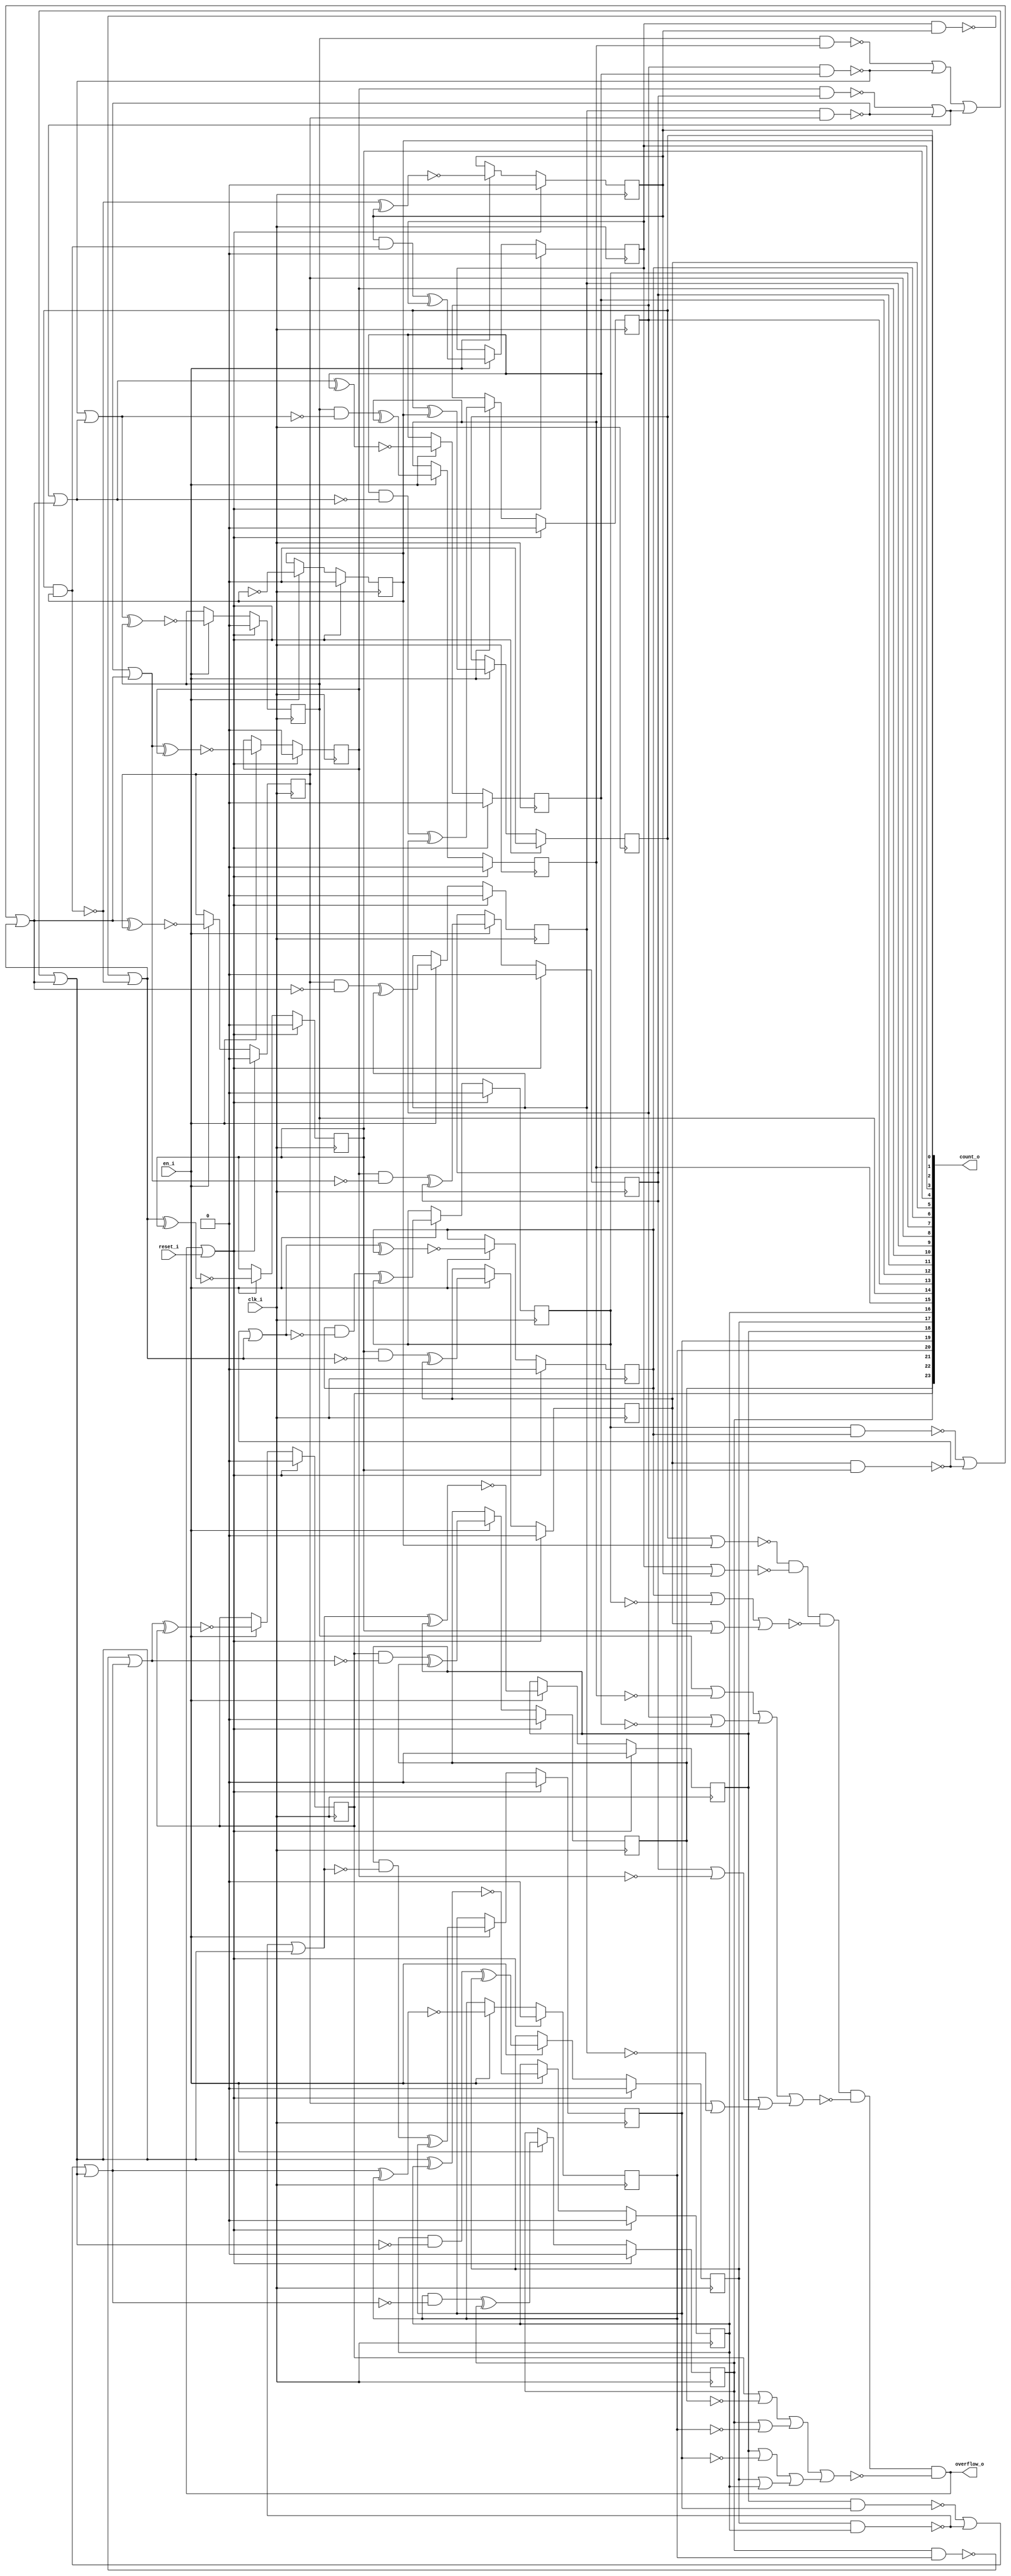
/* Generated by Yosys 0.27+9 (git sha1 101d19bb6, gcc 11.2.0-7ubuntu2 -fPIC -Os) */

(* top =  1  *)

module bsg_counter_overflow_en(clk_i, reset_i, en_i, count_o, overflow_o);
  wire _000_;
  wire _001_;
  wire _002_;
  wire _003_;
  wire _004_;
  wire _005_;
  wire _006_;
  wire _007_;
  wire _008_;
  wire _009_;
  wire _010_;
  wire _011_;
  wire _012_;
  wire _013_;
  wire _014_;
  wire _015_;
  wire _016_;
  wire _017_;
  wire _018_;
  wire _019_;
  wire _020_;
  wire _021_;
  wire _022_;
  wire _023_;
  wire _024_;
  wire _025_;
  wire _026_;
  wire _027_;
  wire _028_;
  wire _029_;
  wire _030_;
  wire _031_;
  wire _032_;
  wire _033_;
  wire _034_;
  wire _035_;
  wire _036_;
  wire _037_;
  wire _038_;
  wire _039_;
  wire _040_;
  wire _041_;
  wire _042_;
  wire _043_;
  wire _044_;
  wire _045_;
  wire _046_;
  wire _047_;
  wire _048_;
  wire _049_;
  wire _050_;
  wire _051_;
  wire _052_;
  wire _053_;
  wire _054_;
  wire _055_;
  wire _056_;
  wire _057_;
  wire _058_;
  
  wire _059_;
  (* force_downto = 32'd1 *)
  
  wire [23:0] _060_;
  (* force_downto = 32'd1 *)
  
  wire [23:0] _061_;
  
  input clk_i;
  wire clk_i;
  
  output [23:0] count_o;
  reg [23:0] count_o;
  
  input en_i;
  wire en_i;
  
  output overflow_o;
  wire overflow_o;
  
  input reset_i;
  wire reset_i;
  assign _023_ = ~(count_o[1] | count_o[0]);
  assign _024_ = count_o[3] | count_o[2];
  assign _025_ = _023_ & ~(_024_);
  assign _026_ = count_o[5] | count_o[4];
  assign _027_ = count_o[6] | ~(count_o[7]);
  assign _028_ = _027_ | _026_;
  assign _029_ = _025_ & ~(_028_);
  assign _030_ = count_o[8] | ~(count_o[9]);
  assign _031_ = count_o[11] | ~(count_o[10]);
  assign _032_ = _031_ | _030_;
  assign _033_ = count_o[13] | ~(count_o[12]);
  assign _034_ = count_o[14] | ~(count_o[15]);
  assign _035_ = _034_ | _033_;
  assign _036_ = _035_ | _032_;
  assign _037_ = _029_ & ~(_036_);
  assign _038_ = count_o[17] | count_o[16];
  assign _039_ = count_o[18] | ~(count_o[19]);
  assign _040_ = _039_ | _038_;
  assign _041_ = count_o[21] | ~(count_o[20]);
  assign _042_ = count_o[22] | ~(count_o[23]);
  assign _043_ = _042_ | _041_;
  assign _044_ = _043_ | _040_;
  assign overflow_o = _037_ & ~(_044_);
  assign _060_[0] = ~count_o[0];
  assign _059_ = overflow_o | reset_i;
  assign _061_[1] = count_o[1] ^ count_o[0];
  assign _045_ = ~(count_o[1] & count_o[0]);
  assign _061_[2] = ~(_045_ ^ count_o[2]);
  assign _046_ = count_o[2] & ~(_045_);
  assign _061_[3] = _046_ ^ count_o[3];
  assign _047_ = ~(count_o[3] & count_o[2]);
  assign _048_ = _047_ | _045_;
  assign _061_[4] = ~(_048_ ^ count_o[4]);
  assign _049_ = count_o[4] & ~(_048_);
  assign _061_[5] = _049_ ^ count_o[5];
  assign _050_ = ~(count_o[5] & count_o[4]);
  assign _051_ = _050_ | _048_;
  assign _061_[6] = ~(_051_ ^ count_o[6]);
  assign _052_ = count_o[6] & ~(_051_);
  assign _061_[7] = _052_ ^ count_o[7];
  assign _053_ = ~(count_o[7] & count_o[6]);
  assign _054_ = _053_ | _050_;
  assign _055_ = _054_ | _048_;
  assign _061_[8] = ~(_055_ ^ count_o[8]);
  assign _056_ = count_o[8] & ~(_055_);
  assign _061_[9] = _056_ ^ count_o[9];
  assign _057_ = ~(count_o[9] & count_o[8]);
  assign _058_ = _057_ | _055_;
  assign _061_[10] = ~(_058_ ^ count_o[10]);
  assign _000_ = count_o[10] & ~(_058_);
  assign _061_[11] = _000_ ^ count_o[11];
  assign _001_ = ~(count_o[10] & count_o[11]);
  assign _002_ = _001_ | _057_;
  assign _003_ = _002_ | _055_;
  assign _061_[12] = ~(_003_ ^ count_o[12]);
  assign _004_ = count_o[12] & ~(_003_);
  assign _061_[13] = _004_ ^ count_o[13];
  assign _005_ = ~(count_o[13] & count_o[12]);
  assign _006_ = _005_ | _003_;
  assign _061_[14] = ~(_006_ ^ count_o[14]);
  assign _007_ = count_o[14] & ~(_006_);
  assign _061_[15] = _007_ ^ count_o[15];
  assign _008_ = ~(count_o[14] & count_o[15]);
  assign _009_ = _008_ | _005_;
  assign _010_ = _009_ | _002_;
  assign _011_ = _010_ | _055_;
  assign _061_[16] = ~(_011_ ^ count_o[16]);
  assign _012_ = count_o[16] & ~(_011_);
  assign _061_[17] = _012_ ^ count_o[17];
  assign _013_ = ~(count_o[17] & count_o[16]);
  assign _014_ = _013_ | _011_;
  assign _061_[18] = ~(_014_ ^ count_o[18]);
  assign _015_ = count_o[18] & ~(_014_);
  assign _061_[19] = _015_ ^ count_o[19];
  assign _016_ = ~(count_o[18] & count_o[19]);
  assign _017_ = _016_ | _013_;
  assign _018_ = _017_ | _011_;
  assign _061_[20] = ~(_018_ ^ count_o[20]);
  assign _019_ = count_o[20] & ~(_018_);
  assign _061_[21] = _019_ ^ count_o[21];
  assign _020_ = ~(count_o[21] & count_o[20]);
  assign _021_ = _020_ | _018_;
  assign _061_[22] = ~(_021_ ^ count_o[22]);
  assign _022_ = count_o[22] & ~(_021_);
  assign _061_[23] = _022_ ^ count_o[23];
  (* \always_ff  = 32'd1 *)
  
  always @(posedge clk_i)
    if (_059_) count_o[0] <= 1'h0;
    else if (en_i) count_o[0] <= _060_[0];
  (* \always_ff  = 32'd1 *)
  
  always @(posedge clk_i)
    if (_059_) count_o[1] <= 1'h0;
    else if (en_i) count_o[1] <= _061_[1];
  (* \always_ff  = 32'd1 *)
  
  always @(posedge clk_i)
    if (_059_) count_o[2] <= 1'h0;
    else if (en_i) count_o[2] <= _061_[2];
  (* \always_ff  = 32'd1 *)
  
  always @(posedge clk_i)
    if (_059_) count_o[3] <= 1'h0;
    else if (en_i) count_o[3] <= _061_[3];
  (* \always_ff  = 32'd1 *)
  
  always @(posedge clk_i)
    if (_059_) count_o[4] <= 1'h0;
    else if (en_i) count_o[4] <= _061_[4];
  (* \always_ff  = 32'd1 *)
  
  always @(posedge clk_i)
    if (_059_) count_o[5] <= 1'h0;
    else if (en_i) count_o[5] <= _061_[5];
  (* \always_ff  = 32'd1 *)
  
  always @(posedge clk_i)
    if (_059_) count_o[6] <= 1'h0;
    else if (en_i) count_o[6] <= _061_[6];
  (* \always_ff  = 32'd1 *)
  
  always @(posedge clk_i)
    if (_059_) count_o[7] <= 1'h0;
    else if (en_i) count_o[7] <= _061_[7];
  (* \always_ff  = 32'd1 *)
  
  always @(posedge clk_i)
    if (_059_) count_o[8] <= 1'h0;
    else if (en_i) count_o[8] <= _061_[8];
  (* \always_ff  = 32'd1 *)
  
  always @(posedge clk_i)
    if (_059_) count_o[9] <= 1'h0;
    else if (en_i) count_o[9] <= _061_[9];
  (* \always_ff  = 32'd1 *)
  
  always @(posedge clk_i)
    if (_059_) count_o[10] <= 1'h0;
    else if (en_i) count_o[10] <= _061_[10];
  (* \always_ff  = 32'd1 *)
  
  always @(posedge clk_i)
    if (_059_) count_o[11] <= 1'h0;
    else if (en_i) count_o[11] <= _061_[11];
  (* \always_ff  = 32'd1 *)
  
  always @(posedge clk_i)
    if (_059_) count_o[12] <= 1'h0;
    else if (en_i) count_o[12] <= _061_[12];
  (* \always_ff  = 32'd1 *)
  
  always @(posedge clk_i)
    if (_059_) count_o[13] <= 1'h0;
    else if (en_i) count_o[13] <= _061_[13];
  (* \always_ff  = 32'd1 *)
  
  always @(posedge clk_i)
    if (_059_) count_o[14] <= 1'h0;
    else if (en_i) count_o[14] <= _061_[14];
  (* \always_ff  = 32'd1 *)
  
  always @(posedge clk_i)
    if (_059_) count_o[15] <= 1'h0;
    else if (en_i) count_o[15] <= _061_[15];
  (* \always_ff  = 32'd1 *)
  
  always @(posedge clk_i)
    if (_059_) count_o[16] <= 1'h0;
    else if (en_i) count_o[16] <= _061_[16];
  (* \always_ff  = 32'd1 *)
  
  always @(posedge clk_i)
    if (_059_) count_o[17] <= 1'h0;
    else if (en_i) count_o[17] <= _061_[17];
  (* \always_ff  = 32'd1 *)
  
  always @(posedge clk_i)
    if (_059_) count_o[18] <= 1'h0;
    else if (en_i) count_o[18] <= _061_[18];
  (* \always_ff  = 32'd1 *)
  
  always @(posedge clk_i)
    if (_059_) count_o[19] <= 1'h0;
    else if (en_i) count_o[19] <= _061_[19];
  (* \always_ff  = 32'd1 *)
  
  always @(posedge clk_i)
    if (_059_) count_o[20] <= 1'h0;
    else if (en_i) count_o[20] <= _061_[20];
  (* \always_ff  = 32'd1 *)
  
  always @(posedge clk_i)
    if (_059_) count_o[21] <= 1'h0;
    else if (en_i) count_o[21] <= _061_[21];
  (* \always_ff  = 32'd1 *)
  
  always @(posedge clk_i)
    if (_059_) count_o[22] <= 1'h0;
    else if (en_i) count_o[22] <= _061_[22];
  (* \always_ff  = 32'd1 *)
  
  always @(posedge clk_i)
    if (_059_) count_o[23] <= 1'h0;
    else if (en_i) count_o[23] <= _061_[23];
  assign _060_[23:1] = count_o[23:1];
  assign _061_[0] = _060_[0];
endmodule